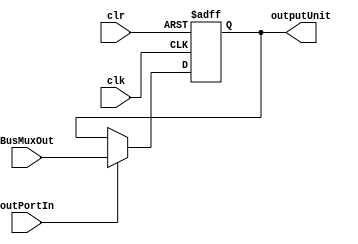
module outputPort #(parameter VAL = 0) (input clk, clr, outPortIn, input [31:0] BusMuxOut, output reg [31:0] outputUnit);
    always@(posedge clk or negedge clr)
    begin
        if(clr == 0) outputUnit <= 0;
        else if(outPortIn) outputUnit <= BusMuxOut;
    end
    initial outputUnit = VAL; // assigns initial value
endmodule